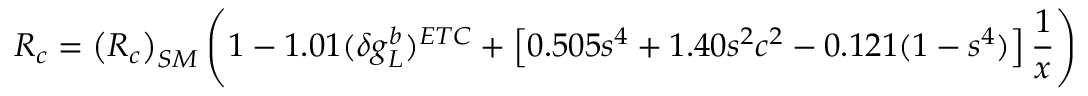
R _ { c } = \left( R _ { c } \right) _ { S M } \left( 1 - 1 . 0 1 ( \delta g _ { L } ^ { b } ) ^ { E T C } + \left[ 0 . 5 0 5 s ^ { 4 } + 1 . 4 0 s ^ { 2 } c ^ { 2 } - 0 . 1 2 1 ( 1 - s ^ { 4 } ) \right] { \frac { 1 } { x } } \right)